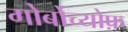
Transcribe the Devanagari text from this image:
गोर्बोच्योफ़